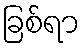
ခြစ်ရာ